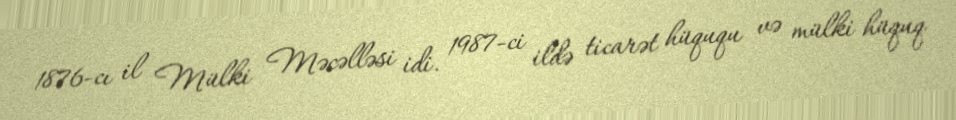
1876-cı il Mülki Məcəlləsi idi. 1987-ci ildə ticarət hüququ və mülki hüquq